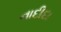
નાદીદા